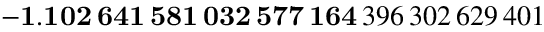
\mathbf { - 1 . 1 0 2 \, 6 4 1 \, 5 8 1 \, 0 3 2 \, 5 7 7 \, 1 6 4 } \, 3 9 6 \, 3 0 2 \, 6 2 9 \, 4 0 1